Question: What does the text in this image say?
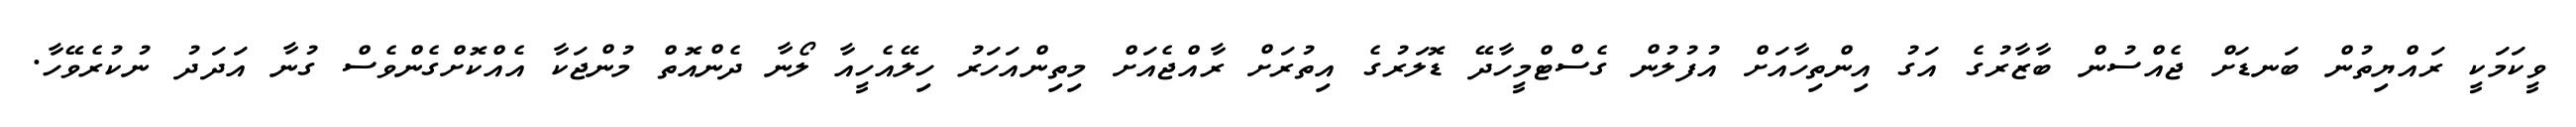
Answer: ވީކަމަކީ ރައްޔިތުން ބަނޑަށް ޖެއްސުން ބާޒާރުގެ އަގު އިންތިހާއަށް އުފުލުން ގެސްޓްމީހާދޭ ޑޮލަރުގެ އިތުރަށް ރާއްޖެއަށް މިތިންއަހަރު ހިލޭއެހީއާ ލޯނާ ދެންއޮތް މުންޖަކާ އެއްކޮށްގެންވެސް ގުނާ އަދަދު ނުކުރެވޭހާ.